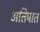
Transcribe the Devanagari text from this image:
अतिपात